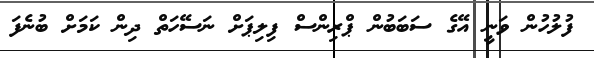
ފުލުހުން ވަނީ އޭގެ ސަބަބުން ޕްރިންސް ފިލިޕަށް ނަސޭހަތް ދިން ކަމަށް ބުނެފަ